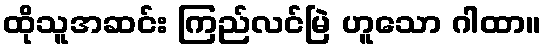
ထိုသူအဆင်း ကြည်လင်မြဲ ဟူသော ဂါထာ။